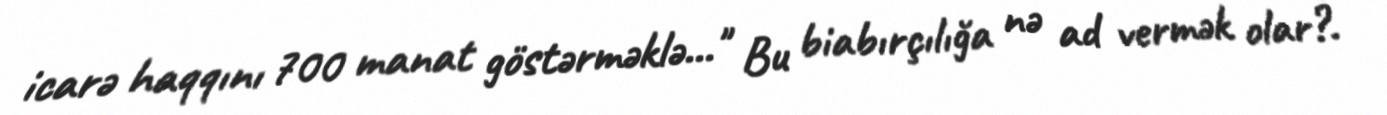
icarə haqqını 700 manat göstərməklə..." Bu biabırçılığa nə ad vermək olar?.